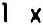
1 X